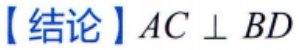
【结论】$AC \perp BD$